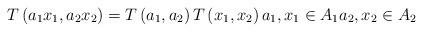
LaTeX: \begin{align*}T\left( a_{1}x_{1},a_{2}x_{2}\right) =T\left( a_{1},a_{2}\right) T\left(x_{1},x_{2}\right) a_{1},x_{1}\in A_{1}a_{2},x_{2}\in A_{2}\end{align*}